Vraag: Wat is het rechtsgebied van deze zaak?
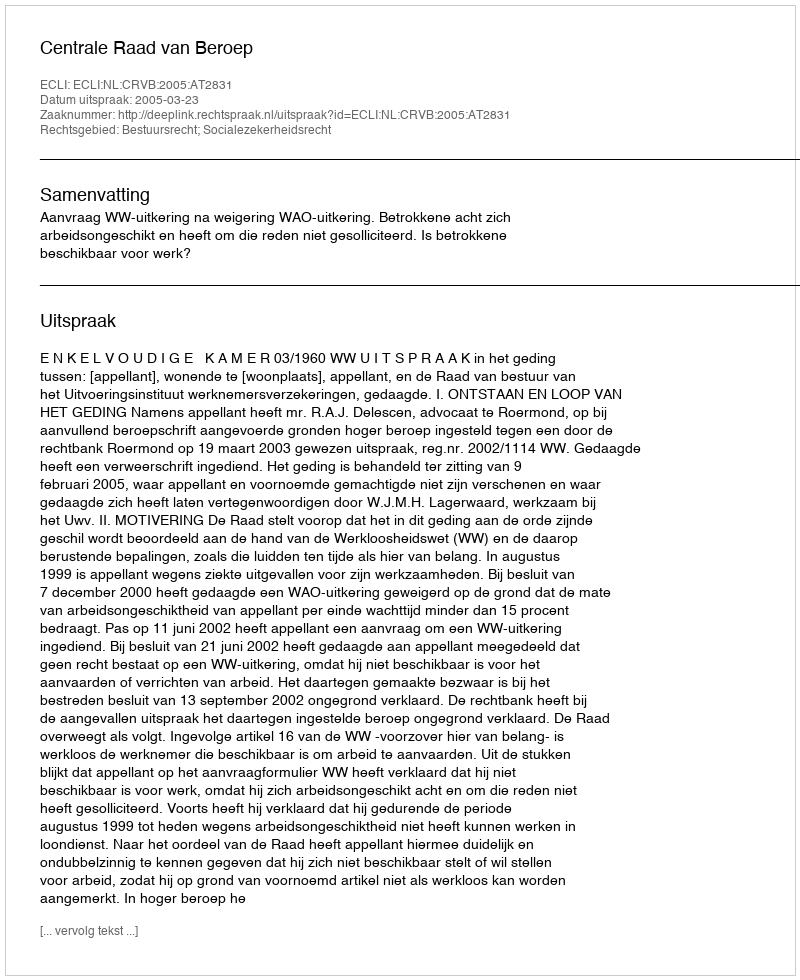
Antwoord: Bestuursrecht; Socialezekerheidsrecht